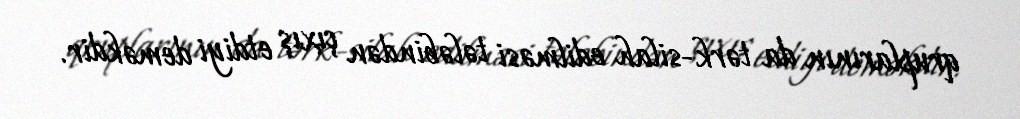
qruplarının da tərk-silah edilməsi tələbindən çıxış etdiyi deməkdir.